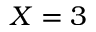
X = 3